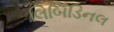
લિબિડિનલ